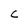
Character: U